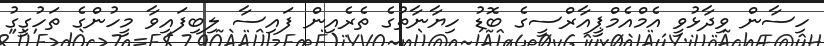
ހިސާން ވިދާޅުވީ އެމްއެމްޕީއާރްސީގެ ބޮޑު ހިޔާނާތުގެ ތެރެއިން ފައިސާ ލިބިފައިވާ މީހުންގެ ތަހުގީގު